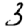
Digit: 3